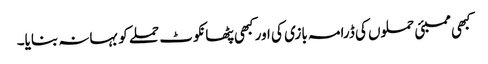
کبھی ممبئی حملوں کی ڈرامہ بازی کی اور کبھی پٹھانکوٹ حملے کو بہانہ بنایا۔